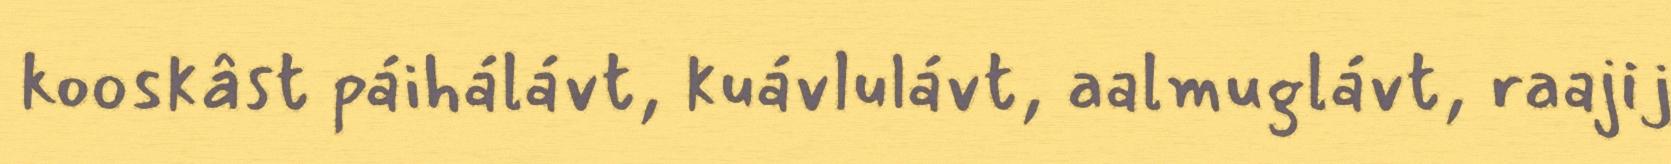
kooskâst páihálávt, kuávlulávt, aalmuglávt, raajij